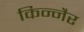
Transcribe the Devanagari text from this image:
किन्नैर